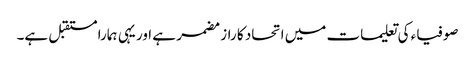
صوفیاء کی تعلیمات میں اتحاد کا راز مضمر ہے اور یہی ہمارا مستقبل ہے۔